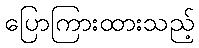
ပြောကြားထားသည့်